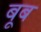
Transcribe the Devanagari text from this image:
बूब